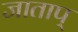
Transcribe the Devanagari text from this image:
जाताप्